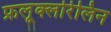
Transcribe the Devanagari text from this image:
फ्रलूक्लोरेलिन